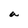
Character: a